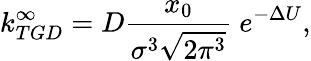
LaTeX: k_{TGD}^{\infty}=D\frac{x_{0}}{\sigma^{3}\sqrt{2\pi^{3}}}\ e^{-\Delta U},